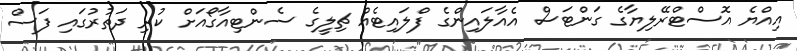
އިއްޔެ އޮސްޓްރޭލިޔާގެ ގަންޓަސް އެއާލައިންގެ ފްލައިޓެއް ޗިލީގެ ސެންޓިއާގޯއަށް ކުރި ދަތުރުގައި ފަސް